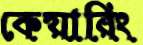
কেয়ারিং